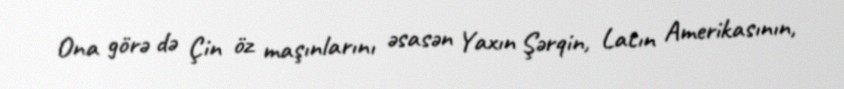
Ona görə də Çin öz maşınlarını əsasən Yaxın Şərqin, Latın Amerikasının,